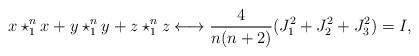
LaTeX: \begin{align*}x\star_{1}^{n}x+y\star_{1}^{n}y+z\star_{1}^{n}z\longleftrightarrow\frac{4}{n(n+2)}(J_{1}^{2}+J_{2}^{2}+J_{3}^{2})=I,\end{align*}